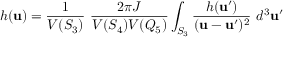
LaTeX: h ( { \bf u } ) = \frac { 1 } { V ( S _ { 3 } ) } \ \frac { 2 \pi J } { V ( S _ { 4 } ) V ( Q _ { 5 } ) } \int _ { S _ { 3 } } \frac { h ( { \bf u } ^ { \prime } ) } { ( { \bf u } - { \bf u } ^ { \prime } ) ^ { 2 } } \ d ^ { 3 } { \bf u } ^ { \prime }